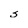
Character: s